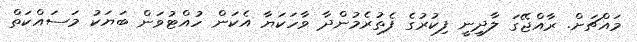
މައްޗަށް. ރާއްޖޭގަ ލާދިީނީ ފިކުރުގެ ފެތުރެމުންދާ ވާހަކަޔާ އެކަން ހުއްޓުވަން ބަޔަކު މަސައްކަތް